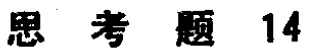
思考题 14